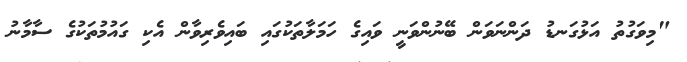
"މިވަގުތު އަޅުގަނޑު ދަންނަވަން ބޭނުންވަނީ ވައިގެ ހަމަލާތަކުގައި ބައިވެރިވާން އެކި ގައުމުތަކުގެ ސާމާނު